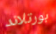
بورتلاند